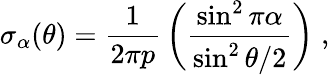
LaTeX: \sigma_{\alpha}(\theta)={\frac{1}{2\pi p}}\left({\frac{\sin^{2}{\pi\alpha}}{\sin^{2}{\theta/2}}}\right)\; ,